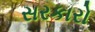
સરકારો